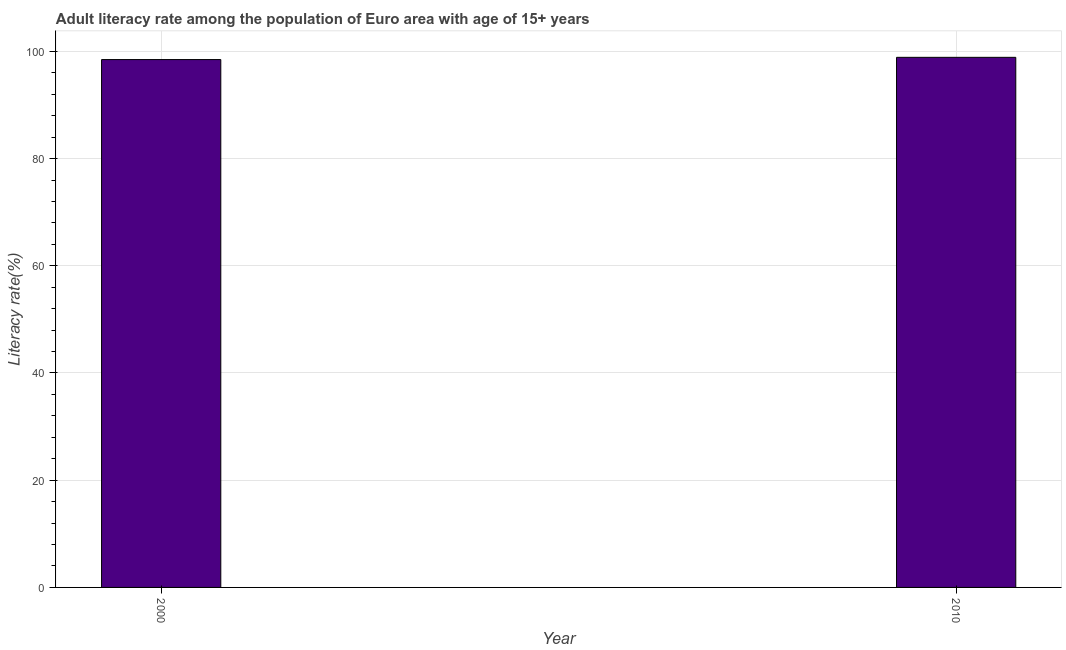
| Year | Adult literacy rate |
 | --- | --- |
 | 2000 | 98.5 |
 | 2010 | 98.9 |